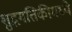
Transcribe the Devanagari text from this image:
शुद्धगतिकीमध्ये